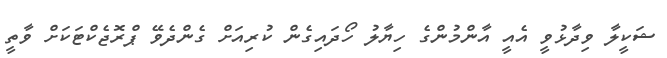
ޝަކީލާ ވިދާޅުވީ އެއީ އާންމުންގެ ހިޔާލު ހޯދައިގެން ކުރިއަށް ގެންދެވޭ ޕްރޮޖެކްޓަކަށް ވާތީ